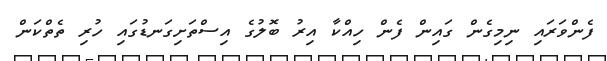
ފެންވަރައި ނިމިގެން ގައިން ފެން ހިއްކާ އިރު ބޮލުގެ އިސްތަށިގަނޑުގައި ހުރި ތެތްކަން